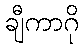
ချီကာဂို